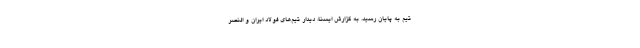
تیم به پایان رسید. به گزارش ایسنا، دیدار تیم‌های فولاد ایران و النصر